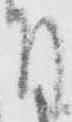
付